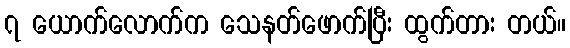
၇ ယောက်လောက်က သေနတ်ဖောက်ပြီး ထွက်တား တယ်။